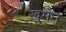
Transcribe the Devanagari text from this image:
ख़ुमैन